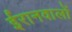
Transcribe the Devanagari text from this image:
ईरानवालों